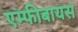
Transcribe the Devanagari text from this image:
एम्फीबायस